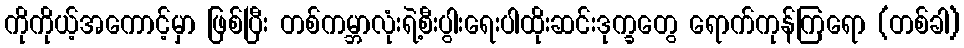
ကိုကိုယ့်အကောင့်မှာ ဖြစ်ပြီး တစ်ကမ္ဘာလုံးရဲ့စီးပွါးရေးပါထိုးဆင်းဒုက္ခတွေ ရောက်ကုန်ကြရော (တစ်ခါ)